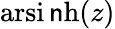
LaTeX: \operatorname{arsi\mathsf{n}h}(z)